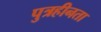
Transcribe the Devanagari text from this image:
पुत्रहीनता